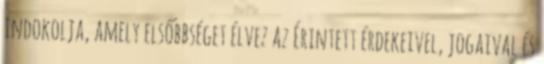
indokolja, amely elsőbbséget élvez az Érintett érdekeivel, jogaival és